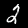
Digit: 2